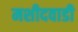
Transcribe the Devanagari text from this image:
मशीदवाडी